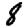
Digit: 8